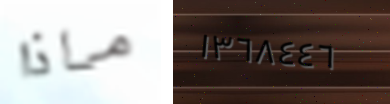
ماذا ١٣٦٨٤٤٦